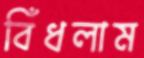
বিঁধলাম